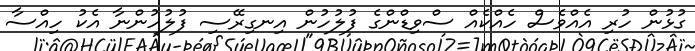
ގުޅުން ހުރި އެއްވެސް ހެއްކެއް ސްވިޑްންގެ ފުލުހުން އިނގިރޭސި ފުލުހުންނާ އެކު ހިއްސާ